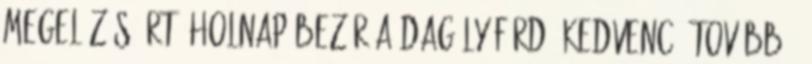
megelőzéséért. Holnap bezár a Dagály fürdő kedvenc. Tovább ›